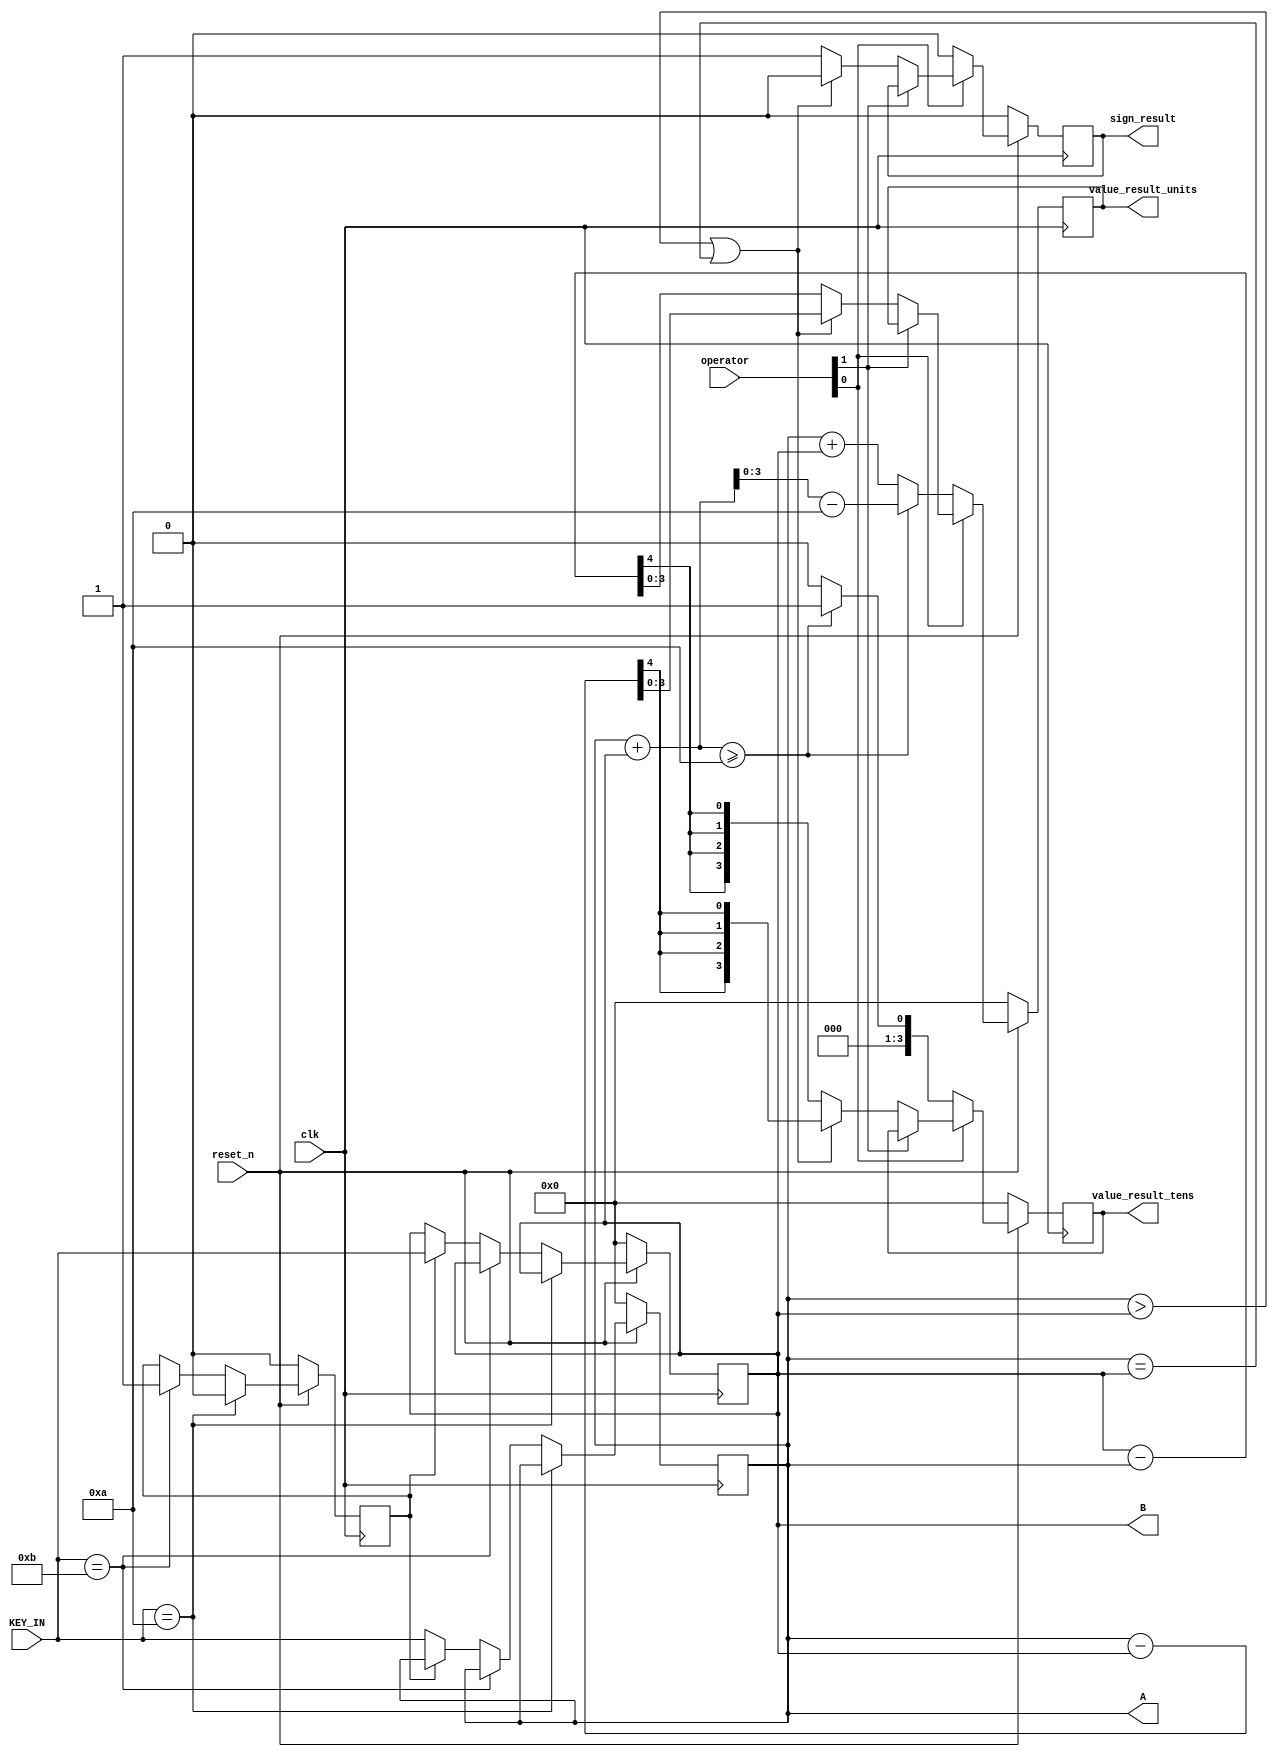
module ADD_SUB(A, B, value_result_tens, value_result_units, sign_result, KEY_IN, clk, reset_n, operator);
	output [3:0] value_result_tens;
	output [3:0] value_result_units;
	output [3:0] A;
	output [3:0] B;
	output sign_result;
	input [1:0] operator;
	input [3:0] KEY_IN;
	input reset_n;
	input clk;
	reg [3:0] next_A, next_B, next_ten, next_unit;
	reg slt;
	reg next_sign;
	reg tmpIn;
	always @(posedge clk) begin
		if (!reset_n) begin
			next_A <= 0;
			next_B <= 0;
			next_ten <= 0;
			next_unit <= 0;
			next_sign <= 0;
			slt <= 0;
		end else begin
			if (KEY_IN == 4'hA) begin
				slt <= 0;
			end else if (KEY_IN == 4'hB) begin
				slt <= 1;
			end else begin
				if (slt == 0) begin
					next_A <= KEY_IN;
				end else begin
					next_B <= KEY_IN;
				end
			end
			if (operator[0] == 0) begin
				if (A+B >= 10) begin
					next_ten <= 1;
					next_unit <= A + B - 10;
				end else begin
					next_ten <= 0;
					next_unit <= A + B;
				end
				next_sign <= 0;
			end else if (operator[1] == 0) begin
				if (A > B || A == B) begin
					{next_ten, next_unit} <= A - B;
					next_sign <= 0;
				end else begin
					{next_ten, next_unit} <= B - A;
					next_sign <= 1;
				end
			end else begin
				{next_ten, next_unit} <= {next_ten, next_unit};
			end
		end
	end
	assign A = next_A;
	assign B = next_B;
	assign value_result_tens = next_ten;
	assign value_result_units = next_unit;
	assign sign_result = next_sign;
endmodule